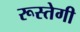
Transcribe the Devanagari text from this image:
रूस्तेगी